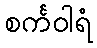
စင်္ကဝါရံ